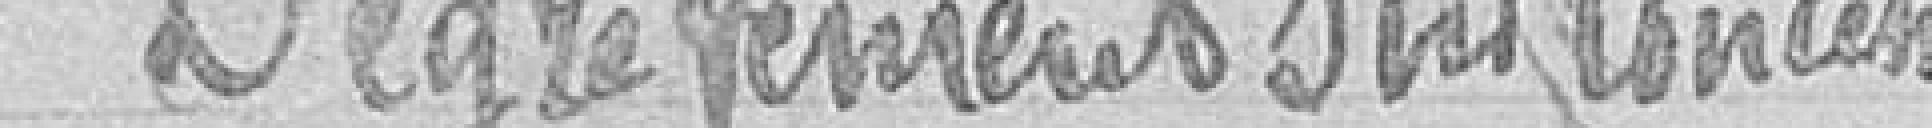
Dégrèvement sur concession